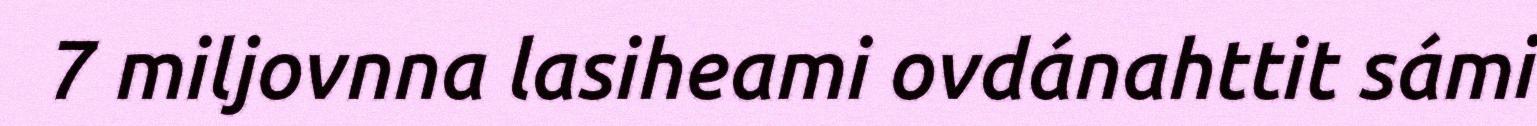
7 miljovnna lasiheami ovdánahttit sámi